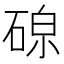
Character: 𪿧